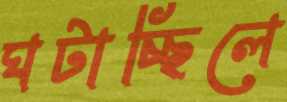
ঘটাচ্ছিলে